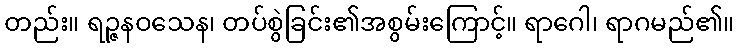
တည်း။ ရဉ္ဇနဝသေန၊ တပ်စွဲခြင်း၏အစွမ်းကြောင့်။ ရာဂေါ၊ ရာဂမည်၏။